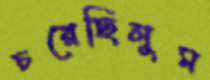
চরেছিলুম